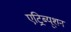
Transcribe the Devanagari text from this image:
एट्रिब्यूशन